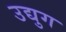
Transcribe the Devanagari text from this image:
उद्युग